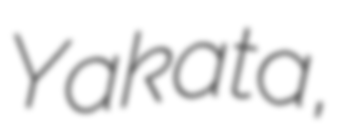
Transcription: Yakata,